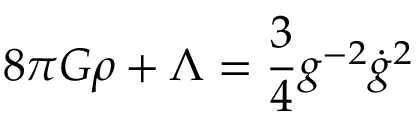
8 \pi G \rho + \Lambda = \frac { 3 } { 4 } g ^ { - 2 } \dot { g } ^ { 2 }